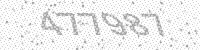
Solution: 477987